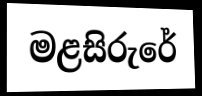
මළසිරුරේ